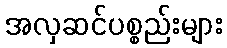
အလှဆင်ပစ္စည်းများ